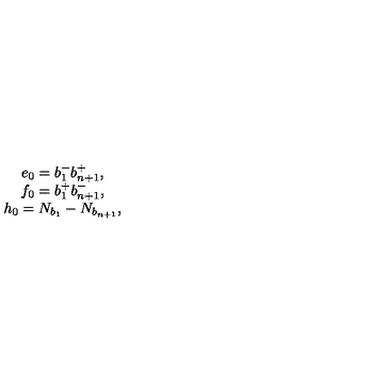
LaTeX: \begin{array} { c } { e _ { 0 } = b _ { 1 } ^ { - } b _ { n + 1 } ^ { + } , } \\ { f _ { 0 } = b _ { 1 } ^ { + } b _ { n + 1 } ^ { - } , } \\ { h _ { 0 } = N _ { b _ { 1 } } - N _ { b _ { n + 1 } } , } \\ \end{array}